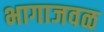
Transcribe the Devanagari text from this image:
भागाजवळ